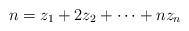
LaTeX: \begin{align*}n=z_1+2z_2+\cdots+nz_n\end{align*}